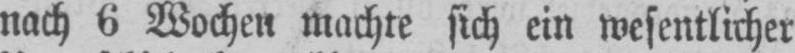
nach 6 Wochen machte sich ein wesentlicher